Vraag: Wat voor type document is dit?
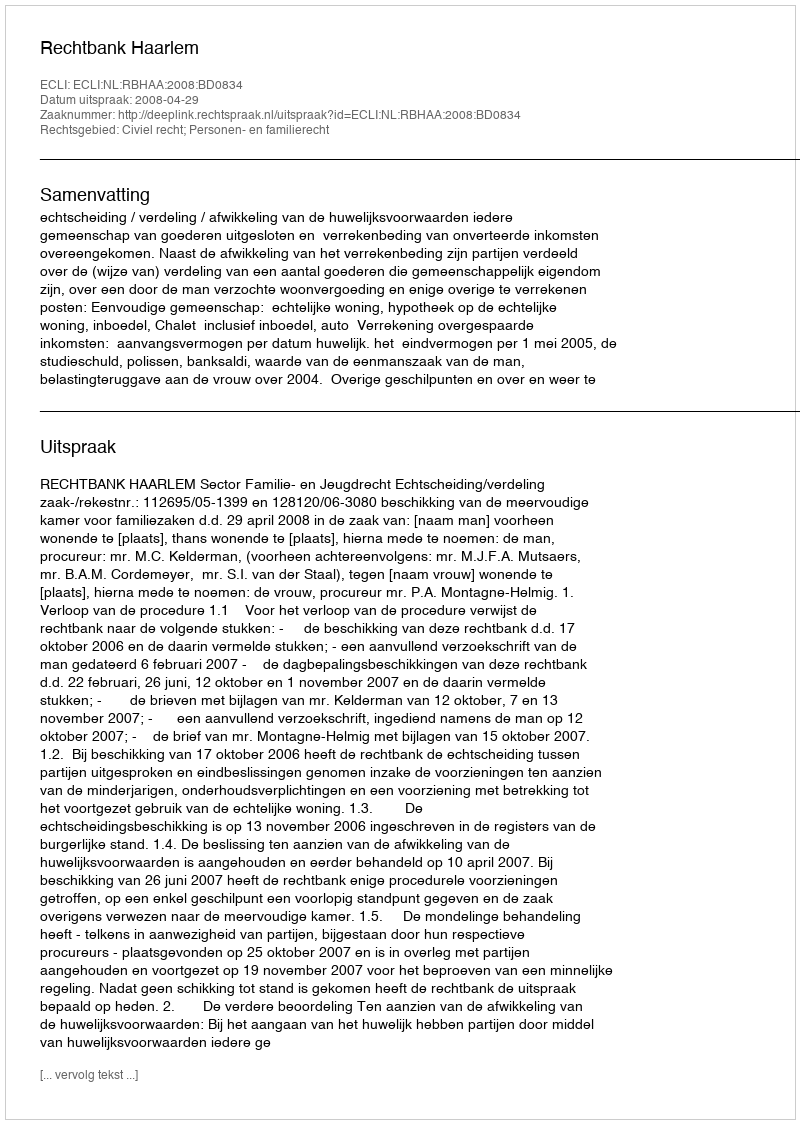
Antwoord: Uitspraak